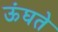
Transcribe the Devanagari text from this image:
ऊंघते